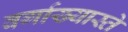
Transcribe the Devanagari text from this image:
वर्गाख्यास्ते